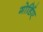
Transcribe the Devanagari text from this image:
गोर्डिए